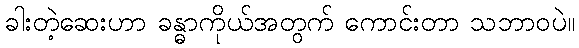
ခါးတဲ့ဆေးဟာ ခန္ဓာကိုယ်အတွက် ကောင်းတာ သဘာဝပဲ။